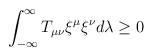
LaTeX: \begin{align*}\int_{-\infty}^{\infty} T_{\mu\nu}{\xi}^{\mu}{\xi}^{\nu} d\lambda \ge 0\end{align*}